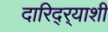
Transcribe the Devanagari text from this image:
दारिद्र्‍याशी